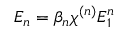
E _ { n } = \beta _ { n } \ensuremath { \chi ^ { ( n ) } } E _ { 1 } ^ { n }